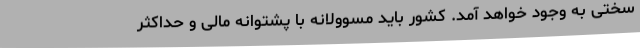
سختی به وجود خواهد آمد. کشور باید مسوولانه با پشتوانه مالی و حداکثر